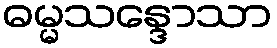
ဓမ္မသန္ဒောသာ